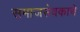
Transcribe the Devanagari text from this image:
समाजसेवकाचे